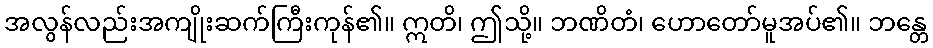
အလွန်လည်းအကျိုးဆက်ကြီးကုန်၏။ ဣတိ၊ ဤသို့။ ဘဏိတံ၊ ဟောတော်မူအပ်၏။ ဘန္တေ